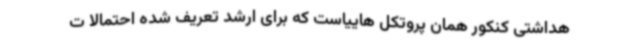
هداشتی کنکور همان پروتکل هاییاست که برای ارشد تعریف شده احتمالا ت